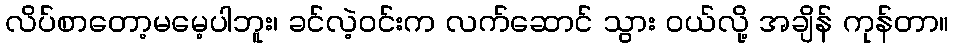
လိပ်စာတော့မမေ့ပါဘူး၊ ခင်လဲ့ဝင်းက လက်ဆောင် သွား ဝယ်လို့ အချိန် ကုန်တာ။